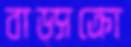
বাড্সক্রো